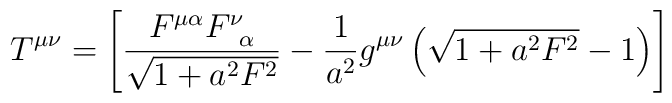
T^{\mu\nu}=\left[\frac{F^{\mu\alpha}F^{\nu}_{\;\;\alpha}}{\sqrt{1+a^2F^2}}-\frac{1}{a^2}g^{\mu\nu}\left(\sqrt{1+a^2F^2}-1\right)\right]